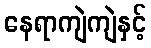
နေရာကျဲကျဲနှင့်